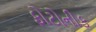
ફોટોનીક